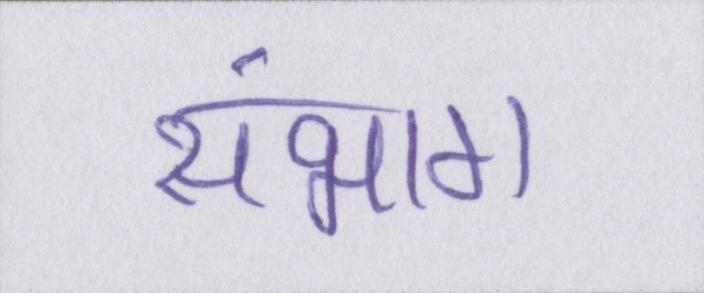
संभाग